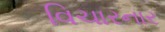
વિચારનાર